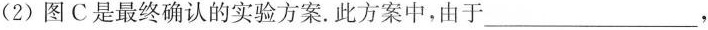
(2)图C是最终确认的实验方案。此方案中，由于___，